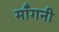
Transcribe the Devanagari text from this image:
मॉँगनी